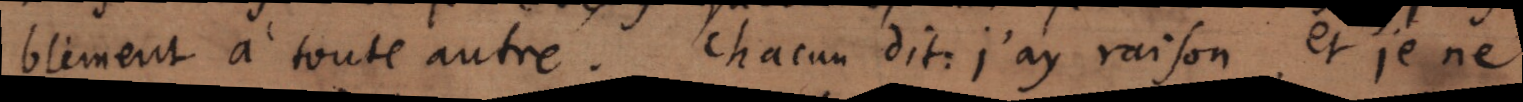
blèment à toute autre. Chacun dit: j’ay raison, et je ne